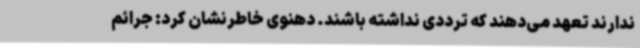
ندارند تعهد می‌دهند که ترددی نداشته باشند. دهنوی خاطرنشان کرد: جرائم